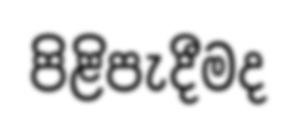
පිළිපැදීමද